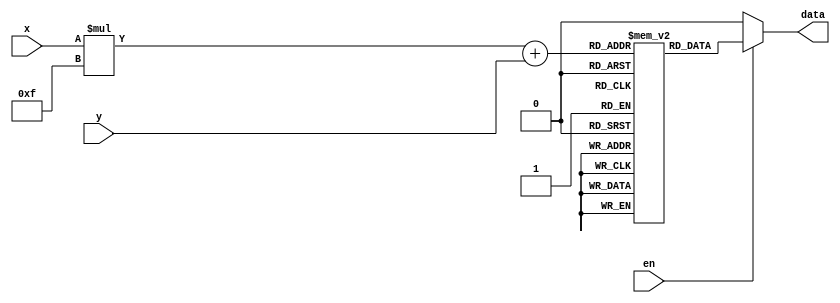
module obj_heart  (
    input [3:0] x,
    input [3:0] y,
    input       en,
    output      data
);
    reg rom [0:14][0:14];
	
	initial begin
 rom[0][0] = 1'b0;	 rom[1][0] = 1'b0;	 rom[2][0] = 1'b0;	 rom[3][0] = 1'b0;	 rom[4][0] = 1'b0;	 rom[5][0] = 1'b0;	 rom[6][0] = 1'b0;	 rom[7][0] = 1'b0;	 rom[8][0] = 1'b0;	 rom[9][0] = 1'b0;	 rom[10][0] = 1'b0;	 rom[11][0] = 1'b0;	 rom[12][0] = 1'b0;	 rom[13][0] = 1'b0;	 rom[14][0] = 1'b0;
 rom[0][1] = 1'b0;	 rom[1][1] = 1'b0;	 rom[2][1] = 1'b0;	 rom[3][1] = 1'b0;	 rom[4][1] = 1'b0;	 rom[5][1] = 1'b0;	 rom[6][1] = 1'b0;	 rom[7][1] = 1'b0;	 rom[8][1] = 1'b0;	 rom[9][1] = 1'b0;	 rom[10][1] = 1'b0;	 rom[11][1] = 1'b0;	 rom[12][1] = 1'b0;	 rom[13][1] = 1'b0;	 rom[14][1] = 1'b0;
 rom[0][2] = 1'b0;	 rom[1][2] = 1'b0;	 rom[2][2] = 1'b0;	 rom[3][2] = 1'b1;	 rom[4][2] = 1'b1;	 rom[5][2] = 1'b1;	 rom[6][2] = 1'b0;	 rom[7][2] = 1'b0;	 rom[8][2] = 1'b0;	 rom[9][2] = 1'b1;	 rom[10][2] = 1'b1;	 rom[11][2] = 1'b1;	 rom[12][2] = 1'b0;	 rom[13][2] = 1'b0;	 rom[14][2] = 1'b0;
 rom[0][3] = 1'b0;	 rom[1][3] = 1'b0;	 rom[2][3] = 1'b1;	 rom[3][3] = 1'b0;	 rom[4][3] = 1'b0;	 rom[5][3] = 1'b1;	 rom[6][3] = 1'b1;	 rom[7][3] = 1'b0;	 rom[8][3] = 1'b1;	 rom[9][3] = 1'b1;	 rom[10][3] = 1'b1;	 rom[11][3] = 1'b1;	 rom[12][3] = 1'b1;	 rom[13][3] = 1'b0;	 rom[14][3] = 1'b0;
 rom[0][4] = 1'b0;	 rom[1][4] = 1'b1;	 rom[2][4] = 1'b0;	 rom[3][4] = 1'b0;	 rom[4][4] = 1'b1;	 rom[5][4] = 1'b1;	 rom[6][4] = 1'b1;	 rom[7][4] = 1'b1;	 rom[8][4] = 1'b1;	 rom[9][4] = 1'b1;	 rom[10][4] = 1'b1;	 rom[11][4] = 1'b1;	 rom[12][4] = 1'b1;	 rom[13][4] = 1'b1;	 rom[14][4] = 1'b0;
 rom[0][5] = 1'b0;	 rom[1][5] = 1'b1;	 rom[2][5] = 1'b1;	 rom[3][5] = 1'b1;	 rom[4][5] = 1'b1;	 rom[5][5] = 1'b1;	 rom[6][5] = 1'b1;	 rom[7][5] = 1'b1;	 rom[8][5] = 1'b1;	 rom[9][5] = 1'b1;	 rom[10][5] = 1'b1;	 rom[11][5] = 1'b1;	 rom[12][5] = 1'b1;	 rom[13][5] = 1'b1;	 rom[14][5] = 1'b0;
 rom[0][6] = 1'b0;	 rom[1][6] = 1'b1;	 rom[2][6] = 1'b1;	 rom[3][6] = 1'b1;	 rom[4][6] = 1'b1;	 rom[5][6] = 1'b1;	 rom[6][6] = 1'b1;	 rom[7][6] = 1'b1;	 rom[8][6] = 1'b1;	 rom[9][6] = 1'b1;	 rom[10][6] = 1'b1;	 rom[11][6] = 1'b1;	 rom[12][6] = 1'b1;	 rom[13][6] = 1'b1;	 rom[14][6] = 1'b0;
 rom[0][7] = 1'b0;	 rom[1][7] = 1'b0;	 rom[2][7] = 1'b1;	 rom[3][7] = 1'b1;	 rom[4][7] = 1'b1;	 rom[5][7] = 1'b1;	 rom[6][7] = 1'b1;	 rom[7][7] = 1'b1;	 rom[8][7] = 1'b1;	 rom[9][7] = 1'b1;	 rom[10][7] = 1'b1;	 rom[11][7] = 1'b1;	 rom[12][7] = 1'b1;	 rom[13][7] = 1'b0;	 rom[14][7] = 1'b0;
 rom[0][8] = 1'b0;	 rom[1][8] = 1'b0;	 rom[2][8] = 1'b0;	 rom[3][8] = 1'b1;	 rom[4][8] = 1'b1;	 rom[5][8] = 1'b1;	 rom[6][8] = 1'b1;	 rom[7][8] = 1'b1;	 rom[8][8] = 1'b1;	 rom[9][8] = 1'b1;	 rom[10][8] = 1'b1;	 rom[11][8] = 1'b1;	 rom[12][8] = 1'b0;	 rom[13][8] = 1'b0;	 rom[14][8] = 1'b0;
 rom[0][9] = 1'b0;	 rom[1][9] = 1'b0;	 rom[2][9] = 1'b0;	 rom[3][9] = 1'b0;	 rom[4][9] = 1'b1;	 rom[5][9] = 1'b1;	 rom[6][9] = 1'b1;	 rom[7][9] = 1'b1;	 rom[8][9] = 1'b1;	 rom[9][9] = 1'b1;	 rom[10][9] = 1'b1;	 rom[11][9] = 1'b0;	 rom[12][9] = 1'b0;	 rom[13][9] = 1'b0;	 rom[14][9] = 1'b0;
 rom[0][10] = 1'b0;	 rom[1][10] = 1'b0;	 rom[2][10] = 1'b0;	 rom[3][10] = 1'b0;	 rom[4][10] = 1'b0;	 rom[5][10] = 1'b1;	 rom[6][10] = 1'b1;	 rom[7][10] = 1'b1;	 rom[8][10] = 1'b1;	 rom[9][10] = 1'b1;	 rom[10][10] = 1'b0;	 rom[11][10] = 1'b0;	 rom[12][10] = 1'b0;	 rom[13][10] = 1'b0;	 rom[14][10] = 1'b0;
 rom[0][11] = 1'b0;	 rom[1][11] = 1'b0;	 rom[2][11] = 1'b0;	 rom[3][11] = 1'b0;	 rom[4][11] = 1'b0;	 rom[5][11] = 1'b0;	 rom[6][11] = 1'b1;	 rom[7][11] = 1'b1;	 rom[8][11] = 1'b1;	 rom[9][11] = 1'b0;	 rom[10][11] = 1'b0;	 rom[11][11] = 1'b0;	 rom[12][11] = 1'b0;	 rom[13][11] = 1'b0;	 rom[14][11] = 1'b0;
 rom[0][12] = 1'b0;	 rom[1][12] = 1'b0;	 rom[2][12] = 1'b0;	 rom[3][12] = 1'b0;	 rom[4][12] = 1'b0;	 rom[5][12] = 1'b0;	 rom[6][12] = 1'b0;	 rom[7][12] = 1'b1;	 rom[8][12] = 1'b0;	 rom[9][12] = 1'b0;	 rom[10][12] = 1'b0;	 rom[11][12] = 1'b0;	 rom[12][12] = 1'b0;	 rom[13][12] = 1'b0;	 rom[14][12] = 1'b0;
 rom[0][13] = 1'b0;	 rom[1][13] = 1'b0;	 rom[2][13] = 1'b0;	 rom[3][13] = 1'b0;	 rom[4][13] = 1'b0;	 rom[5][13] = 1'b0;	 rom[6][13] = 1'b0;	 rom[7][13] = 1'b0;	 rom[8][13] = 1'b0;	 rom[9][13] = 1'b0;	 rom[10][13] = 1'b0;	 rom[11][13] = 1'b0;	 rom[12][13] = 1'b0;	 rom[13][13] = 1'b0;	 rom[14][13] = 1'b0;
 rom[0][14] = 1'b0;	 rom[1][14] = 1'b0;	 rom[2][14] = 1'b0;	 rom[3][14] = 1'b0;	 rom[4][14] = 1'b0;	 rom[5][14] = 1'b0;	 rom[6][14] = 1'b0;	 rom[7][14] = 1'b0;	 rom[8][14] = 1'b0;	 rom[9][14] = 1'b0;	 rom[10][14] = 1'b0;	 rom[11][14] = 1'b0;	 rom[12][14] = 1'b0;	 rom[13][14] = 1'b0;	 rom[14][14] = 1'b0;
 end

    assign data = en ? rom[x][y] : 1'b0;

    
endmodule